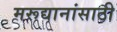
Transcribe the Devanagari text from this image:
मरूद्यानांसाठी